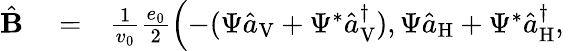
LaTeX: \begin{array}{rlr}{\hat{\mathbf B}}&{{}=}&{\frac{1}{v_{0}}\frac{e_{0}}{2}\left(-(\Psi\hat{a}_{\mathrm{V}}+\Psi^{*}\hat{a}_{\mathrm{V}}^{\dagger}),\Psi\hat{a}_{\mathrm{H}}+\Psi^{*}\hat{a}_{\mathrm{H}}^{\dagger},\right.}\end{array}